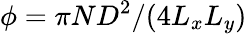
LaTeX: \phi=\pi ND^{2}/(4L_{x}L_{y})